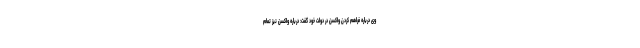
وی درباره فراهم کردن واکسن در دولت خود گفت: درباره واکسن نیز تمام